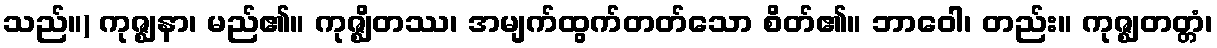
သည်။) ကုဇ္ဈနာ၊ မည်၏။ ကုဇ္ဈိတဿ၊ အမျက်ထွက်တတ်သော စိတ်၏။ ဘာဝေါ၊ တည်း။ ကုဇ္ဈတတ္တံ၊